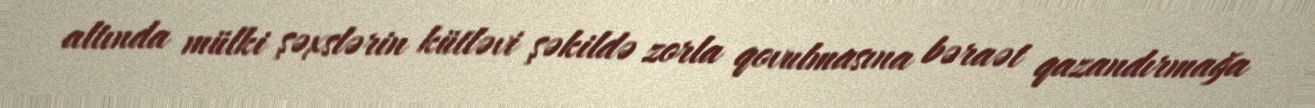
altında mülki şəxslərin kütləvi şəkildə zorla qovulmasına bəraət qazandırmağa